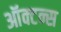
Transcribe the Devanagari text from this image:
ऑक्टन्स